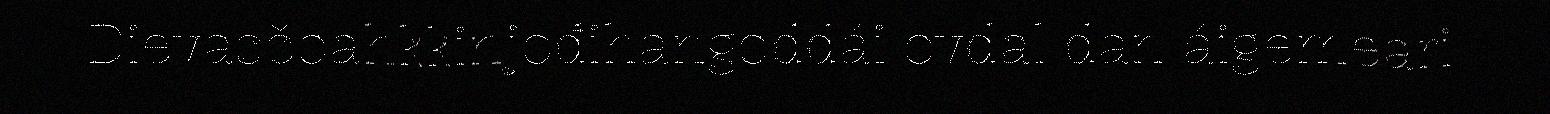
Dievasčoahkkinjođihangoddái ovdal dan áigemeari